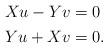
LaTeX: \begin{align*} \begin{aligned}Xu - Yv &= 0 \\Yu + Xv &= 0.\end{aligned}\end{align*}